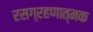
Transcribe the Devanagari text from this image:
रसग्रहणात्मक